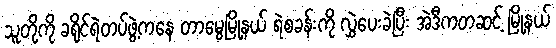
သူတို့ကို ခရိုင်ရဲတပ်ဖွဲ့ကနေ တာမွေမြို့နယ် ရဲစခန်းကို လွှဲပေးခဲ့ပြီး အဲဒီကတဆင့် မြို့နယ်